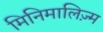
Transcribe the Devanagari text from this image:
मिनिमालिज़्म